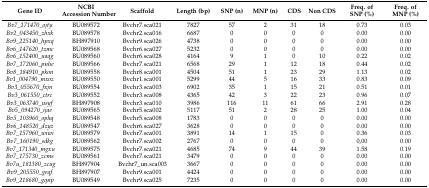
<table><thead><tr><td><b>Gene ID</b></td><td><b>NCBI Accession Number</b></td><td><b>Scaffold</b></td><td><b>Length (bp)</b></td><td><b>SNP (n)</b></td><td><b>MNP (n)</b></td><td><b>CDS</b></td><td><b>Non CDS</b></td><td><b>Freq. of SNP (%)</b></td><td><b>Freq. of MNP (%)</b></td></tr></thead><tbody><tr><td><i>Bv7_171470_ojty</i></td><td>BU089572</td><td>Bvchr7.sca021</td><td>7827</td><td>57</td><td>2</td><td>31</td><td>18</td><td>0.73</td><td>0.03</td></tr><tr><td><i>Bv2_043450_zhxk</i></td><td>BU089578</td><td>Bvchr2.sca016</td><td>6687</td><td>0</td><td>0</td><td>0</td><td>0</td><td>0.00</td><td>0.00</td></tr><tr><td><i>Bv9_225140_hpxq</i></td><td>BH897910</td><td>Bvchr9.sca026</td><td>4738</td><td>0</td><td>0</td><td>0</td><td>0</td><td>0.00</td><td>0.00</td></tr><tr><td><i>Bv6_147620_tzmc</i></td><td>BU089568</td><td>Bvchr6.sca027</td><td>5232</td><td>0</td><td>0</td><td>0</td><td>0</td><td>0.00</td><td>0.00</td></tr><tr><td><i>Bv6_152400_uaqg</i></td><td>BU089560</td><td>Bvchr6.sca028</td><td>4164</td><td>9</td><td>1</td><td>0</td><td>10</td><td>0.22</td><td>0.02</td></tr><tr><td><i>Bv7_172060_pnhe</i></td><td>BU089566</td><td>Bvchr7.sca021</td><td>6568</td><td>29</td><td>1</td><td>12</td><td>18</td><td>0.44</td><td>0.02</td></tr><tr><td><i>Bv8_184910_pkon</i></td><td>BU089558</td><td>Bvchr8.sca001</td><td>4504</td><td>51</td><td>1</td><td>23</td><td>29</td><td>1.13</td><td>0.02</td></tr><tr><td><i>Bv1_004790_mxoz</i></td><td>BU089550</td><td>Bvchr1.sca001</td><td>5299</td><td>44</td><td>5</td><td>16</td><td>33</td><td>0.83</td><td>0.09</td></tr><tr><td><i>Bv3_055670_fxjn</i></td><td>BU089554</td><td>Bvchr3.sca003</td><td>6902</td><td>35</td><td>1</td><td>15</td><td>21</td><td>0.51</td><td>0.01</td></tr><tr><td><i>Bv3_061550_ctrc</i></td><td>BU089552</td><td>Bvchr3.sca008</td><td>4365</td><td>42</td><td>3</td><td>22</td><td>23</td><td>0.96</td><td>0.07</td></tr><tr><td><i>Bv3_063740_usyf</i></td><td>BH897908</td><td>Bvchr3.sca010</td><td>3986</td><td>116</td><td>11</td><td>61</td><td>66</td><td>2.91</td><td>0.28</td></tr><tr><td><i>Bv5_094270_ijae</i></td><td>BU089565</td><td>Bvchr5.sca002</td><td>5117</td><td>51</td><td>2</td><td>28</td><td>25</td><td>1.00</td><td>0.04</td></tr><tr><td><i>Bv5_103960_ophq</i></td><td>BU089548</td><td>Bvchr5.sca008</td><td>1783</td><td>0</td><td>0</td><td>0</td><td>0</td><td>0.00</td><td>0.00</td></tr><tr><td><i>Bv6_148520_dzyz</i></td><td>BU089547</td><td>Bvchr6.sca027</td><td>3628</td><td>0</td><td>0</td><td>0</td><td>0</td><td>0.00</td><td>0.00</td></tr><tr><td><i>Bv7_157960_wiwi</i></td><td>BU089579</td><td>Bvchr7.sca001</td><td>3891</td><td>14</td><td>1</td><td>15</td><td>0</td><td>0.36</td><td>0.03</td></tr><tr><td><i>Bv7_160190_sdkg</i></td><td>BU089562</td><td>Bvchr7.sca002</td><td>2767</td><td>0</td><td>0</td><td>0</td><td>0</td><td>0,00</td><td>0.00</td></tr><tr><td><i>Bv7_171340_mgxu</i></td><td>BU089575</td><td>Bvchr7.sca021</td><td>4685</td><td>74</td><td>9</td><td>44</td><td>39</td><td>1.58</td><td>0.19</td></tr><tr><td><i>Bv7_175730_zcms</i></td><td>BU089561</td><td>Bvchr7.sca021</td><td>3479</td><td>0</td><td>0</td><td>0</td><td>0</td><td>0.00</td><td>0.00</td></tr><tr><td><i>Bv7u_181380_zcug</i></td><td>BH897904</td><td>Bvchr7_un.sca003</td><td>3667</td><td>0</td><td>0</td><td>0</td><td>0</td><td>0.00</td><td>0.00</td></tr><tr><td><i>Bv9_205550_geqf</i></td><td>BH897907</td><td>Bvchr9.sca001</td><td>4424</td><td>0</td><td>0</td><td>0</td><td>0</td><td>0.00</td><td>0.00</td></tr><tr><td><i>Bv9_218680_gqnp</i></td><td>BU089549</td><td>Bvchr9.sca025</td><td>7235</td><td>0</td><td>0</td><td>0</td><td>0</td><td>0.00</td><td>0.00</td></tr></tbody></table>